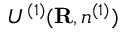
{ \cal U } ^ { ( 1 ) } ( { \bf R } , n ^ { ( 1 ) } )